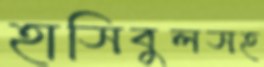
হাসিবুলসহ